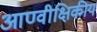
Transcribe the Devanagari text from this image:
आण्वीक्षिकीय